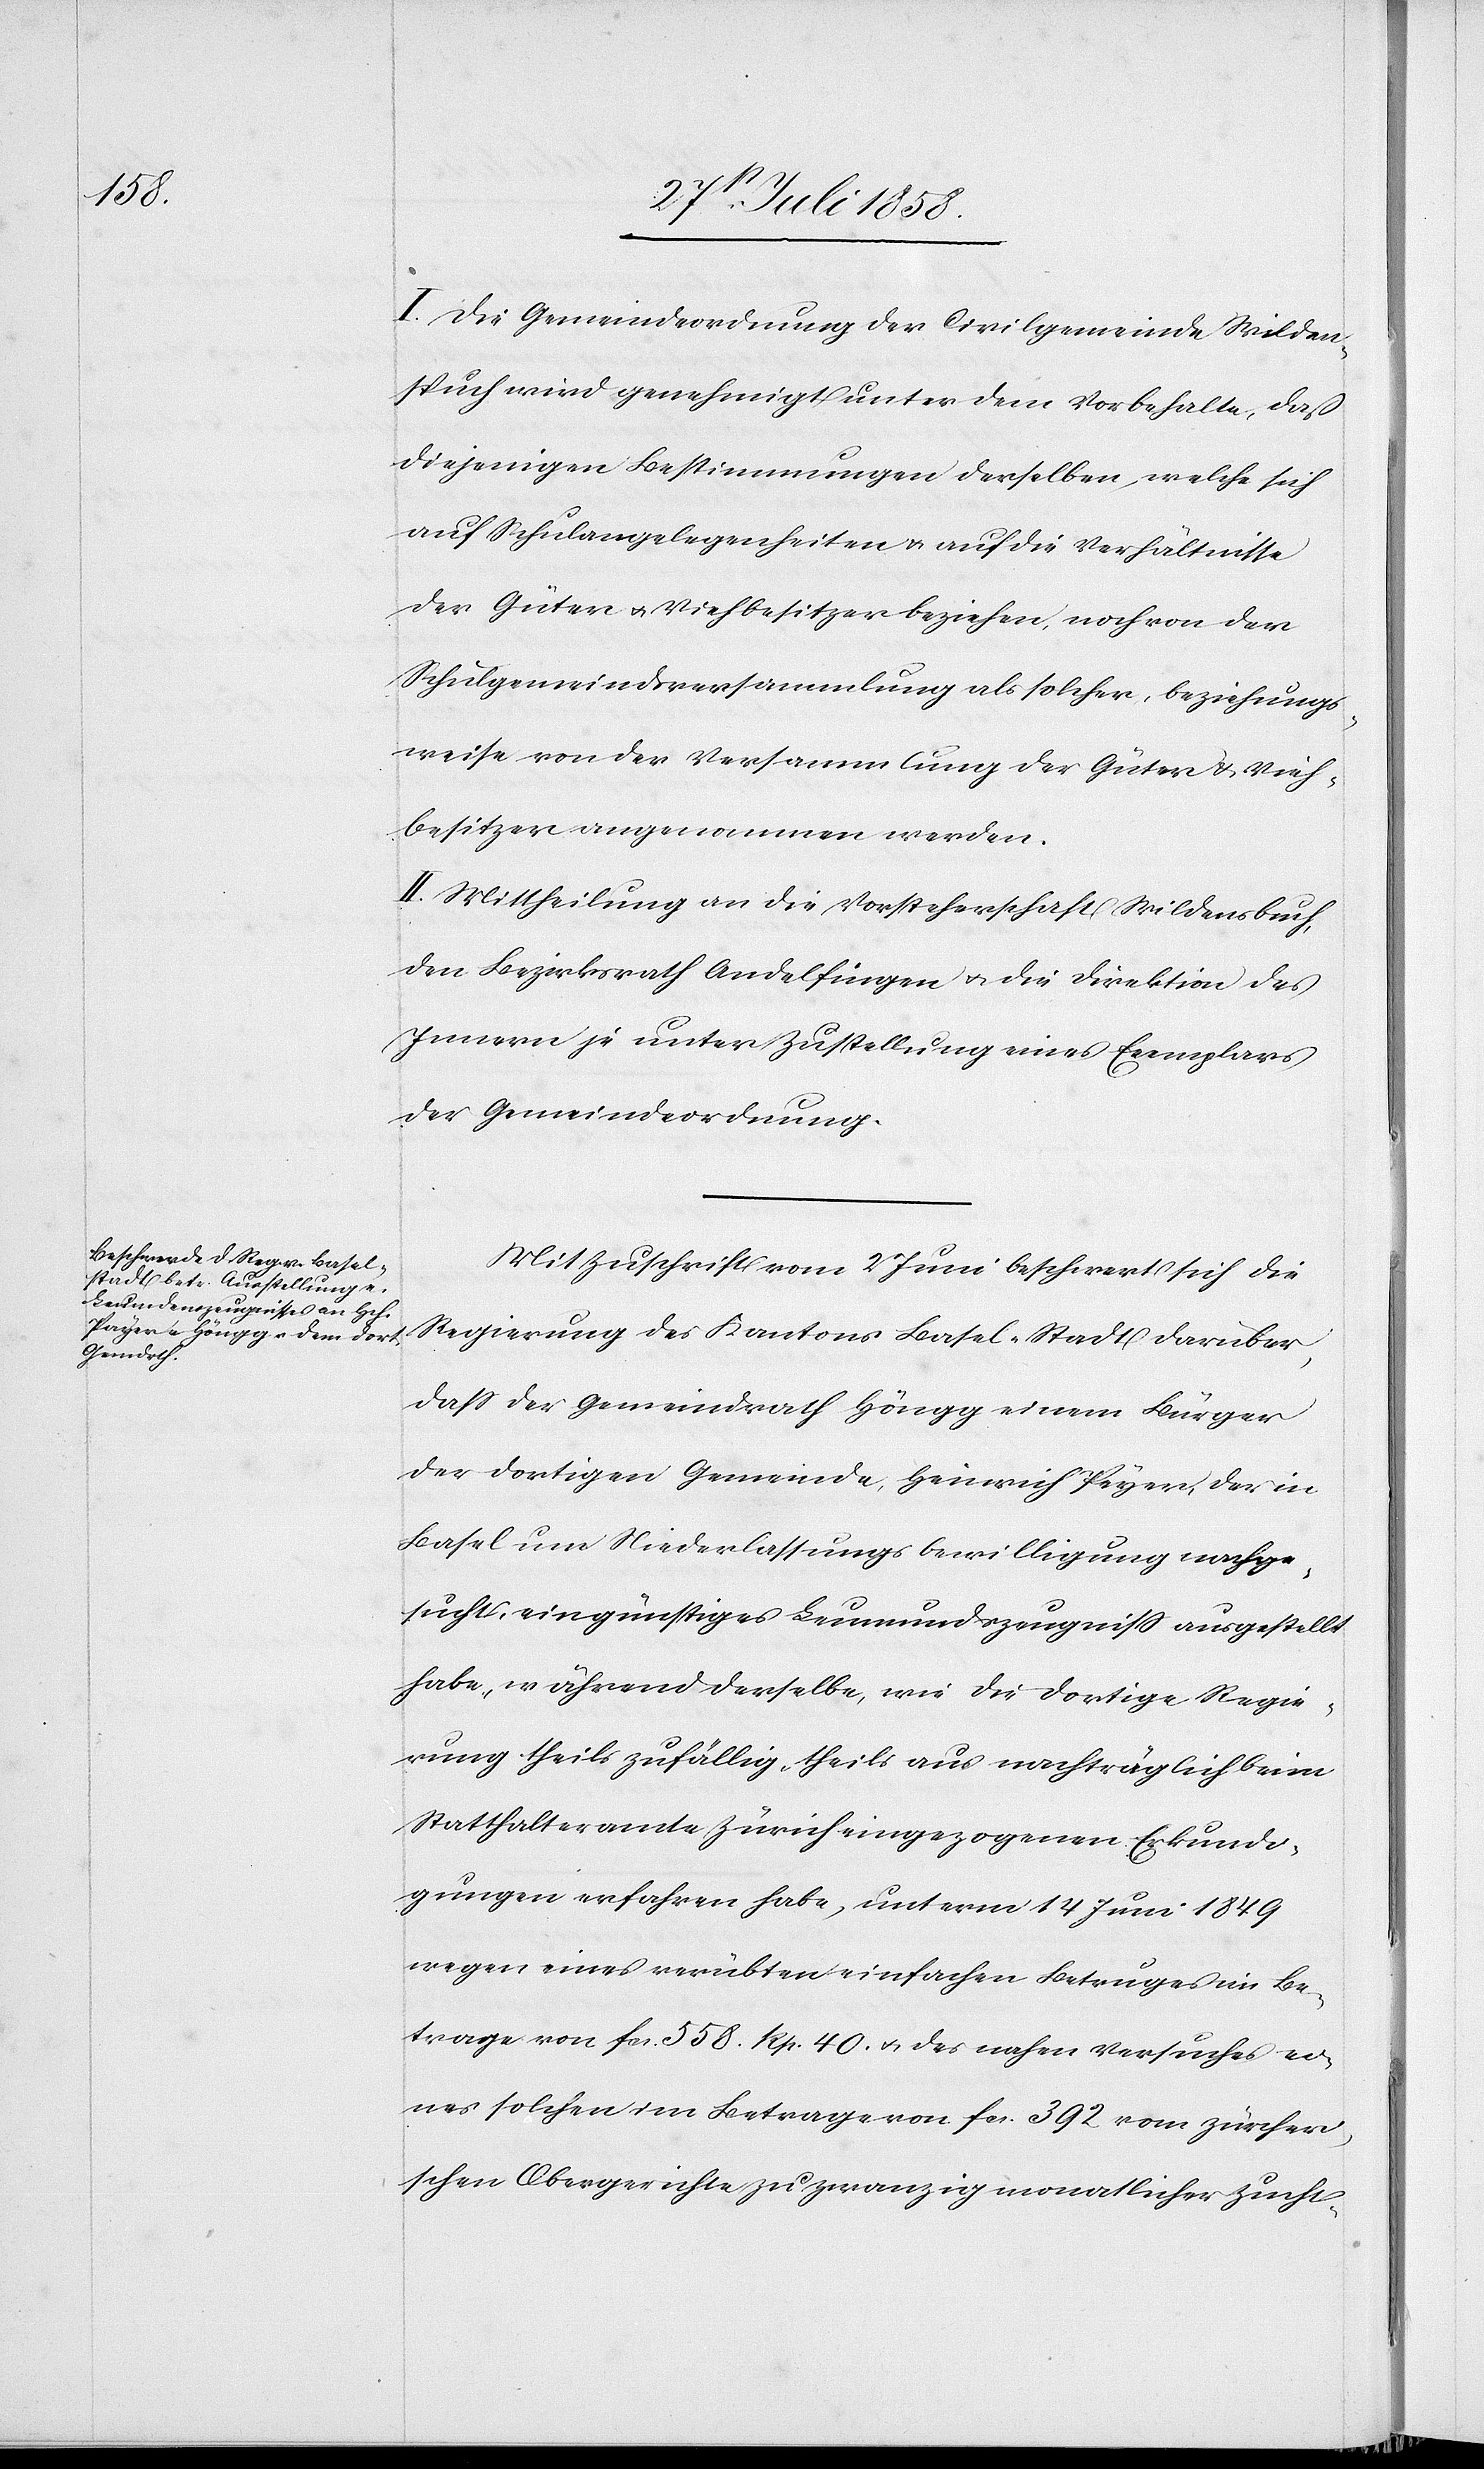
I. Die Gemeindeordnung der Civilgemeinde Wilden¬
spuch wird genehmigt unter dem Vorbehalte, daß
diejenigen Bestimmungen derselben, welche sich
auf Schulangelegenheiten & auf die Verhältnisse
der Güter & Viehbesitzer beziehen, noch von der
Schulgemeindsversammlung als solcher, beziehungs¬
weise von der Versammlung der Güter & Vieh¬
besitzer angenommen werden.
II. Mittheilung an die Vorsteherschaft Wildensbuch,
den Bezirksrath Andelfingen & die Direktion des
Innern je unter Zustellung eines Exemplars
der Gemeindeordnung.
Mit Zuschrift vom 2 Juni beschwert sich die
Regierung des Kantons Basel-Stadt darüber,
dass der Gemeindrath Höngg einem Bürger
der dortigen Gemeinde, Heinrich Peyer [sic!], der in
Basel um Niederlassungsbewilligung nachge¬
sucht, ein günstiges Leumundszeugniss ausgestellt
habe, während derselbe, wie die dortige Regie¬
rung theils zufällig, theils aus nachträglich beim
Statthalteramte Zürich eingezogenen Erkundi¬
gungen erfahren habe, unterm 14 Juni 1849
wegen eines verübten einfachen Betruges im Be¬
trage von fcs. 558. Rp. 40. & des nahen Versuches ei¬
nes solchen im Betrage von fcs. 392 vom zürcheri¬
schen Obergerichte zu zwanzig monatlicher Zucht-